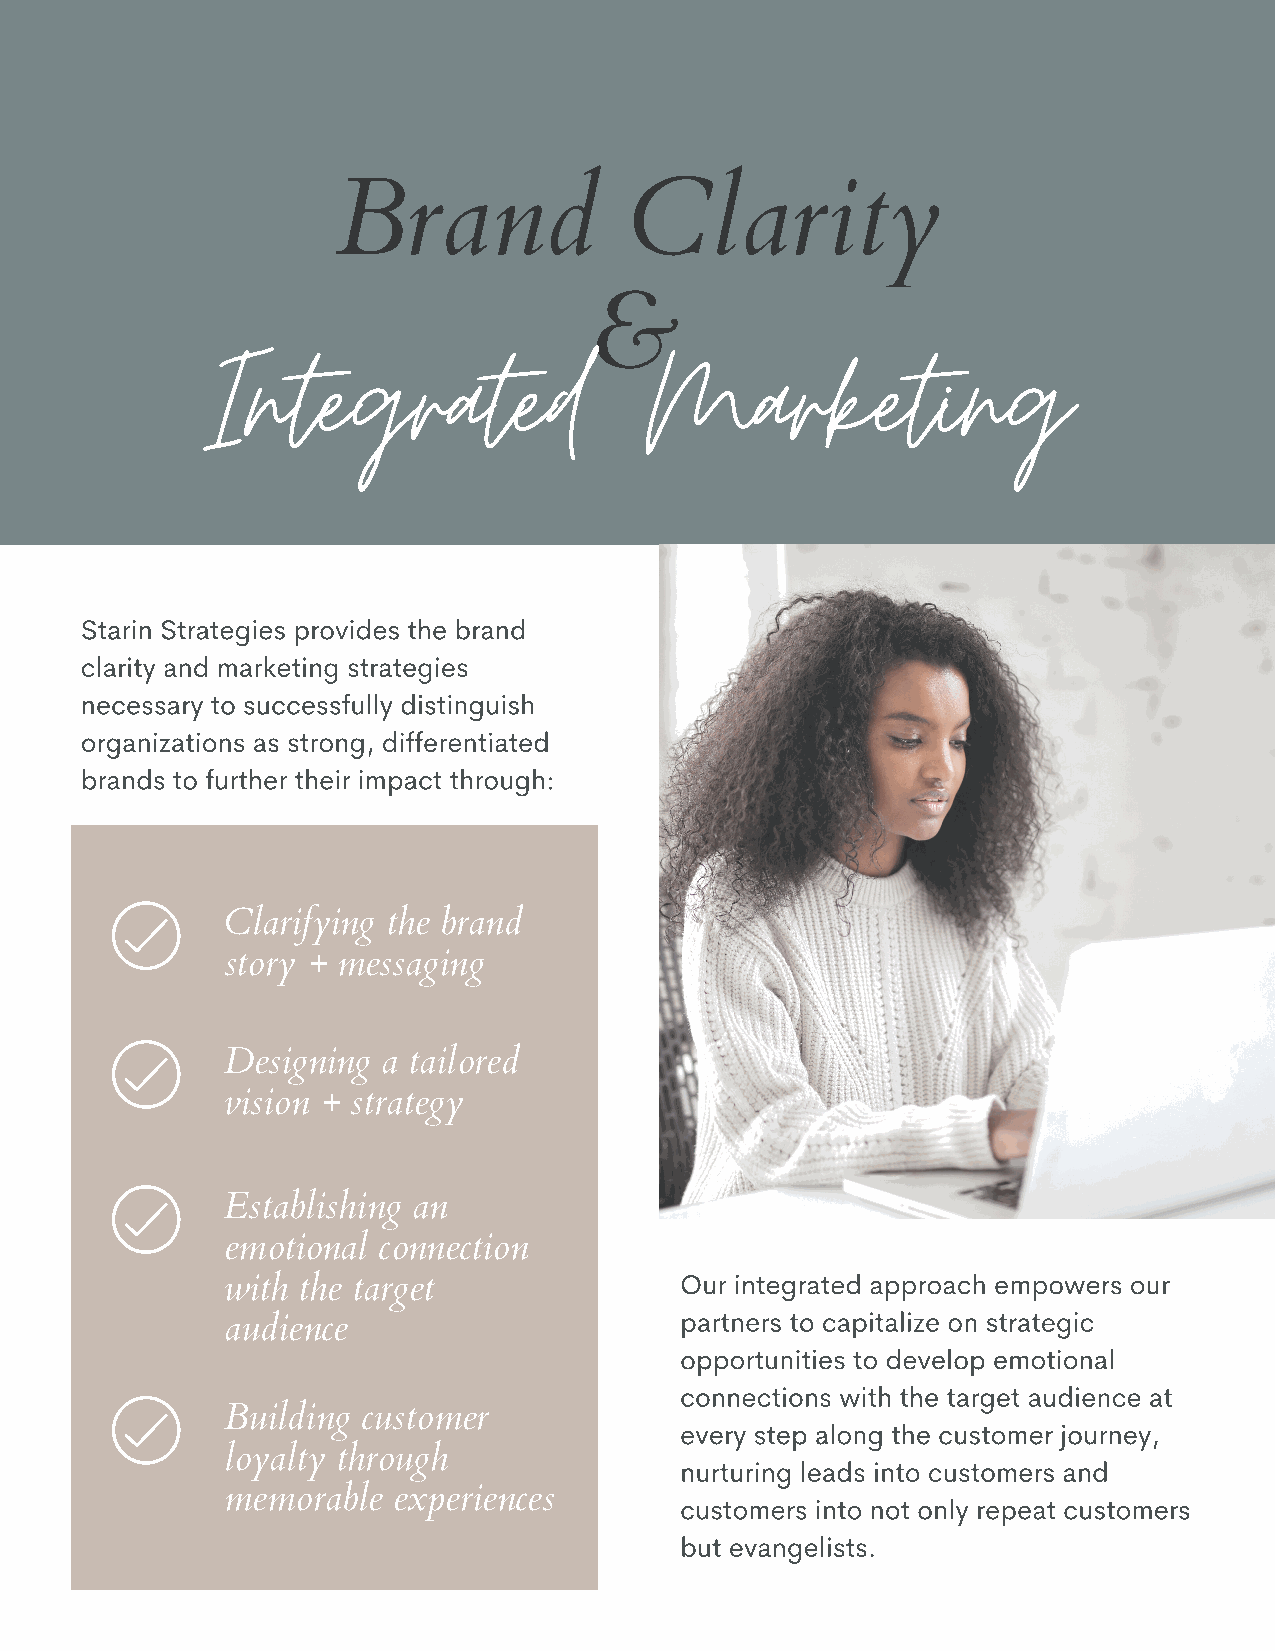
Brand               Clarity
 Integrated                    Marketing
 &
 Starin Strategies provides the brand
 clarity and marketing strategies
 necessary to successfully distinguish
 organizations as strong, differentiated
 brands to further their impact through:
 Clarifying the brand
 story + messaging
 Designing a tailored
 vision + strategy
 Establishing an
 emotional connection
 Our integrated approach empowers our
 with the target
 partners to capitalize on strategic
 audience
 opportunities to develop emotional
 connections with the target audience at
 Building customer
 every step along the customer journey,
 loyalty through
 nurturing leads into customers and
 memorable  experiences        customers into not only repeat customers
 but evangelists.